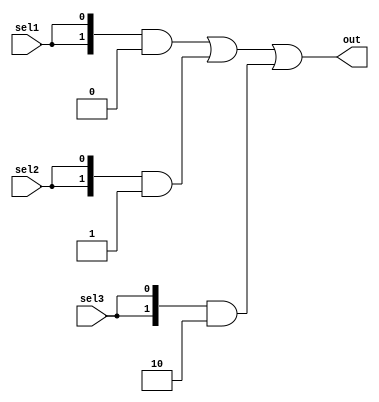
module assigntest2 (sel1, sel2, sel3, out);
  input sel1, sel2, sel3;
  output wire [1:0] out;
  assign out = ({2{sel1}} & 2'b00) 
                 | ({2{sel2}} & 2'b01)
                 | ({2{sel3}} & 2'b10);        
endmodule